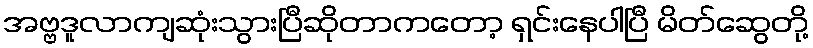
အဗ္ဗဒူလာကျဆုံးသွားပြီဆိုတာကတော့ ရှင်းနေပါပြီ မိတ်ဆွေတို့